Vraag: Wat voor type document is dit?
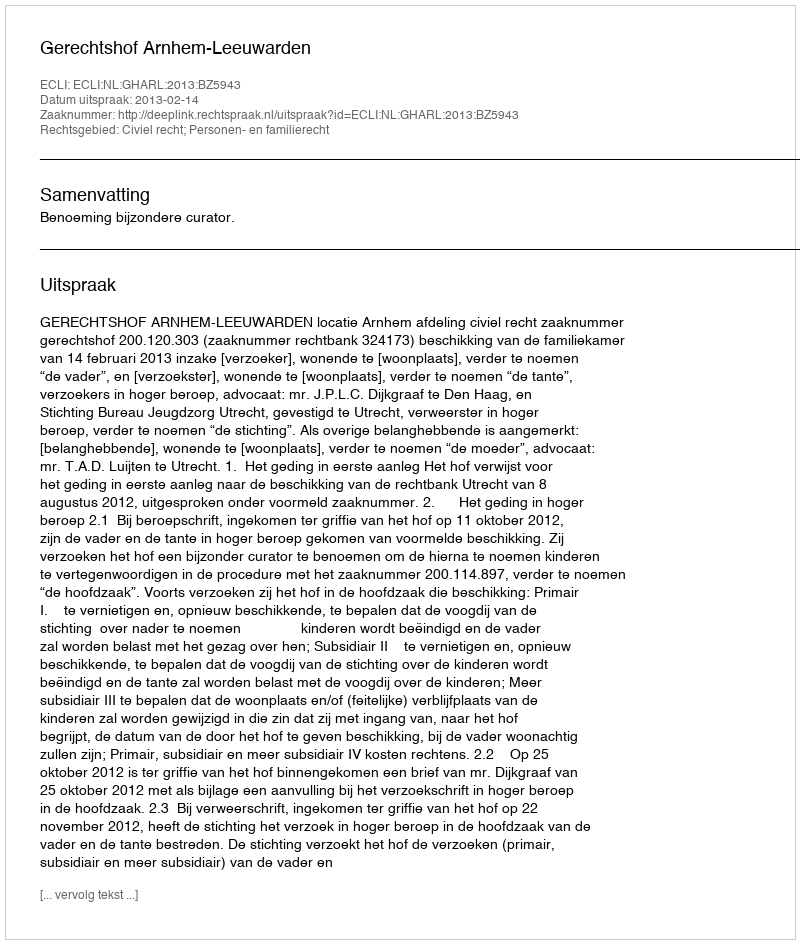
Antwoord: Uitspraak